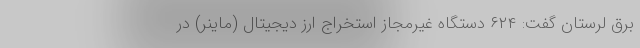
برق لرستان گفت: ۶۲۴ دستگاه غیرمجاز استخراج ارز دیجیتال (ماینر) در